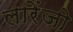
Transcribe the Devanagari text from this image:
लारेंजो